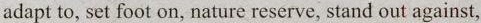
adapt to, set foot on, nature reserve, stand out against,